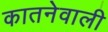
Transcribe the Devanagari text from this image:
कातनेवाली